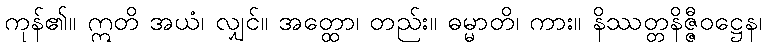
ကုန်၏။ ဣတိ အယံ၊ လျှင်။ အတ္ထော၊ တည်း။ ဓမ္မာတိ၊ ကား။ နိဿတ္တနိဇ္ဇီဝဋ္ဌေန၊